Annual report on the Civil Veterinary Department, Burma (including the Insein Veterinary School) - 1923-1931
Year: 1923
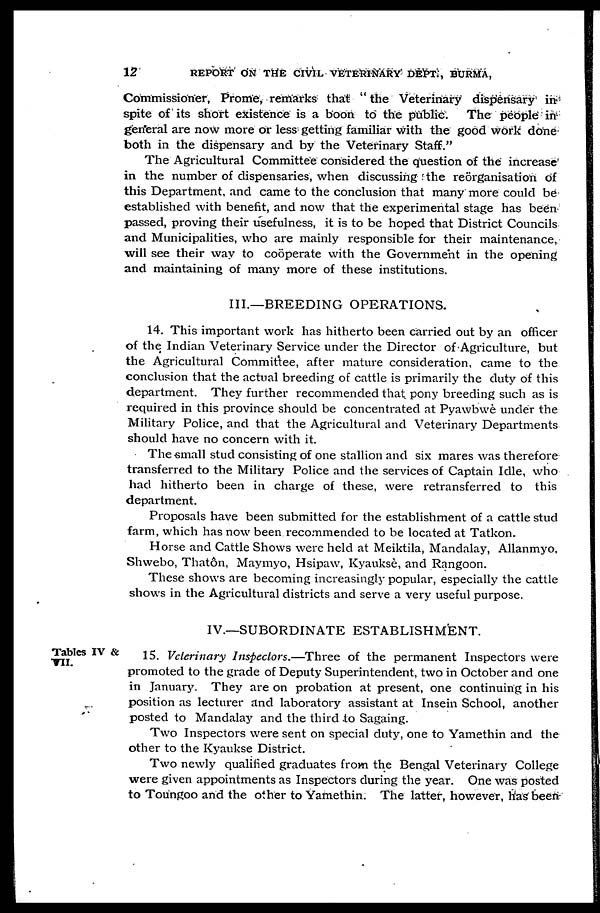
12
REPORT ON THE CIVIL VETERINARY DEPT., BURMA,
Commissioner, Prome, remarks that " the Veterinary dispensary in
spite of its short existence is a boon to the public. The people in
general are now more or less getting familiar with the good work done
both in the dispensary and by the Veterinary Staff."
The Agricultural Committee considered the question of the increase
in the number of dispensaries, when discussing the reorganisation of
this Department, and came to the conclusion that many more could be
established with benefit, and now that the experimental stage has been
passed, proving their usefulness, it is to be hoped that District Councils
and Municipalities, who are mainly responsible for their maintenance,
will see their way to cooperate with the Government in the opening
and maintaining of many more of these institutions.
III.—BREEDING OPERATIONS.
14. This important work has hitherto been carried out by an officer
of the Indian Veterinary Service under the Director of Agriculture, but
the Agricultural Committee, after mature consideration, came to the
conclusion that the actual breeding of cattle is primarily the duty of this
department. They further recommended that pony breeding such as is
required in this province should be concentrated at Pyawbwè under the
Military Police, and that the Agricultural and Veterinary Departments
should have no concern with it.
The small stud consisting of one stallion and six mares was therefore
transferred to the Military Police and the services of Captain Idle, who
had hitherto been in charge of these, were retransferred to this
department.
Proposals have been submitted for the establishment of a cattle stud
farm, which has now been recommended to be located at Tatkon.
Horse and Cattle Shows were held at Meiktila, Mandalay, Allanmyo.
Shwebo, Thatôn, Maymyo, Hsipaw, Kyauksè, and Rangoon.
These shows are becoming increasingly popular, especially the cattle
shows in the Agricultural districts and serve a very useful purpose.
IV.—SUBORDINATE ESTABLISHMENT.
Tables IV &
TIL
15. Veterinary Inspectors.—Three of the permanent Inspectors were
promoted to the grade of Deputy Superintendent, two in October and one
in January. They are on probation at present, one continuing in his
position as lecturer and laboratory assistant at Insein School, another
posted to Mandalay and the third to Sagaing.
Two Inspectors were sent on special duty, one to Yamethin and the
other to the Kyaukse District.
Two newly qualified graduates from the Bengal Veterinary College
were given appointments as Inspectors during the year. One was posted
to Toungoo and the other to Yamethin. The latter, however, has been